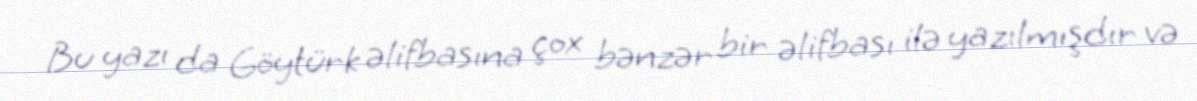
Bu yazı da Göytürk əlifbasına çox bənzər bir əlifbası ilə yazılmışdır və